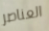
العناصر